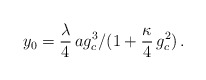
\begin{align*}\: y_0 = \frac{\lambda}{4}\,ag_c ^3 /(1+\frac{\kappa}{4} \,g_c ^2 )\,.\:\end{align*}